Document type: Dowry acquittance
Year: 1427
Scribe: Pere Tarafa
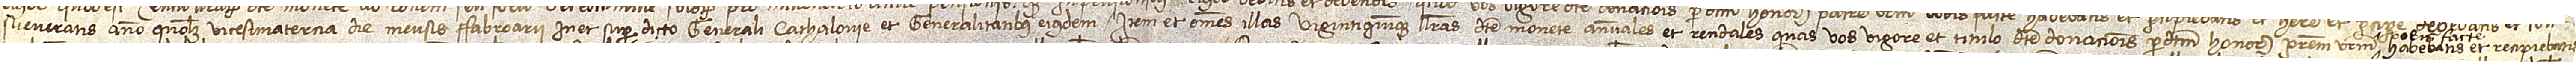
sueveratis anno quolibet vicesimatercia die mensis fabroarii in et super dicto Generali Cathalonie et generalitatibus eiusdem; item, et omnes illas vigintiquinque libras dicte monete annuales et rendales quas vos vigore et titulo dicte donacionis per dictum honorabilem patrem vestrum vobis facte  habebatis et recipiebatis